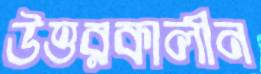
উত্তরকালীন